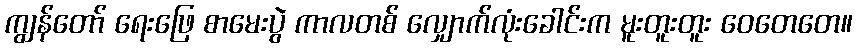
ကျွန်တော် ရေးဖြေ စာမေးပွဲ ကာလတစ် လျှောက်လုံးခေါင်းက မူးတူးတူး ဝေတေတေ။